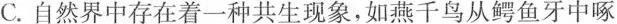
C.自然界中存在着一种共生现象，如燕千鸟从鳄鱼牙中啄